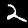
Label: 2